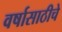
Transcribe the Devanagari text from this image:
वर्षासाठीचे